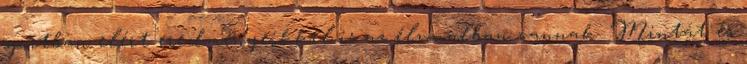
sportban elért eredményeikkel is az élvonalban vannak. Mintát és